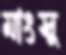
মাংসু